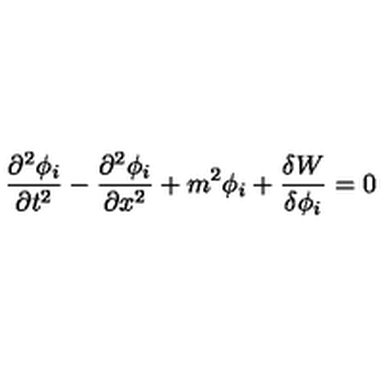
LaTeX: \frac { \partial ^ { 2 } \phi _ { i } } { \partial t ^ { 2 } } - \frac { \partial ^ { 2 } \phi _ { i } } { \partial x ^ { 2 } } + m ^ { 2 } \phi _ { i } + \frac { \delta W } { \delta \phi _ { i } } = 0